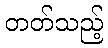
တတ်သည့်